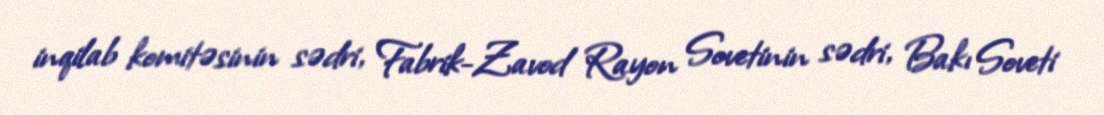
inqilab komitəsinin sədri, Fabrik-Zavod Rayon Sovetinin sədri, Bakı Soveti